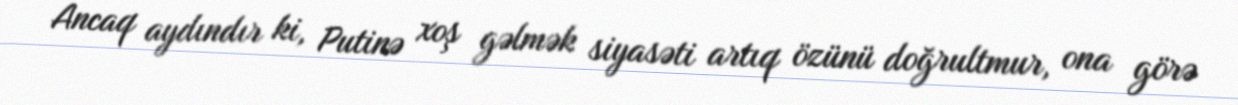
Ancaq aydındır ki, Putinə xoş gəlmək siyasəti artıq özünü doğrultmur, ona görə